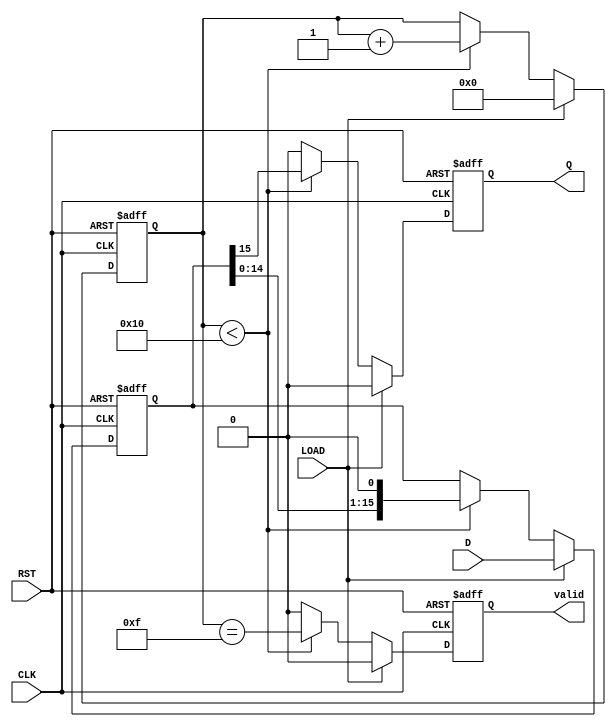
module PISO_Register (
    input wire [15:0] D,      // 16-bit parallel data input
    input wire LOAD,          // Load control signal
    input wire CLK,           // Clock signal
    input wire RST,           // Reset signal
    output reg Q,             // Serial output
    output reg valid          // Output valid signal
);

    reg [15:0] internal_reg;  // Internal register to hold the data
    reg [4:0] bit_count;      // Counter for the number of bits shifted out

    // Asynchronous reset and loading data
    always @(posedge CLK or posedge RST) begin
        if (RST) begin
            internal_reg <= 16'b0; // Reset internal register
            Q <= 1'b0;              // Reset output
            valid <= 1'b0;          // Reset valid signal
            bit_count <= 5'b0;      // Reset bit counter
        end else if (LOAD) begin
            internal_reg <= D;      // Load data into internal register
            Q <= 1'b0;              // Output remains stable
            valid <= 1'b0;          // Output valid signal is low
            bit_count <= 5'b0;      // Reset bit counter
        end else begin
            if (bit_count < 16) begin
                Q <= internal_reg[15]; // Shift out MSB
                internal_reg <= {internal_reg[14:0], 1'b0}; // Shift left
                bit_count <= bit_count + 1; // Increment bit counter
                valid <= (bit_count == 15); // Set valid when last bit is shifted
            end else begin
                Q <= 1'b0; // After all bits are shifted out, output zero
                valid <= 1'b0; // Reset valid signal
            end
        end
    end

endmodule